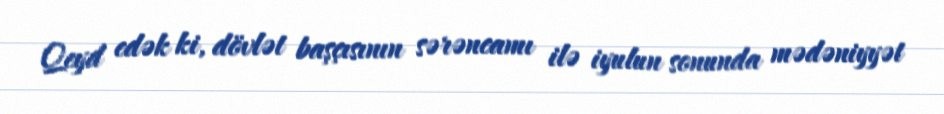
Qeyd edək ki, dövlət başçısının sərəncamı ilə iyulun sonunda mədəniyyət